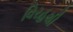
વિરહથી